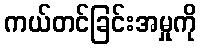
ကယ်တင်ခြင်းအမှုကို